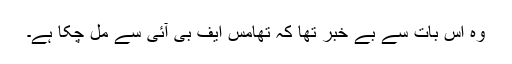
وہ اس بات سے بے خبر تھا کہ تھامس ایف بی آئی سے مل چکا ہے۔